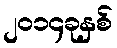
၂၀၁၄ခုနှစ်